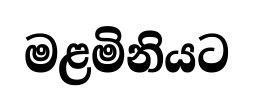
මළමිනියට